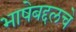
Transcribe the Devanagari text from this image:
भाषेबद्दलचे